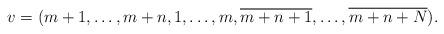
LaTeX: \begin{align*}v=(m+1,\dots,m+n,1,\dots,m, \overline{m+n+1},\dots,\overline{m+n+N}). \end{align*}